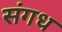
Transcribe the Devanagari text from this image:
संगध